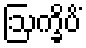
ဩက္ခိပိံ